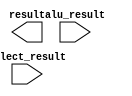
module result_mux (
	input select_result,
	input [7:0] alu_result,
	output reg [7:0] result
);



endmodule